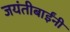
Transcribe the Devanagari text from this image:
जयंतीबाईंनी